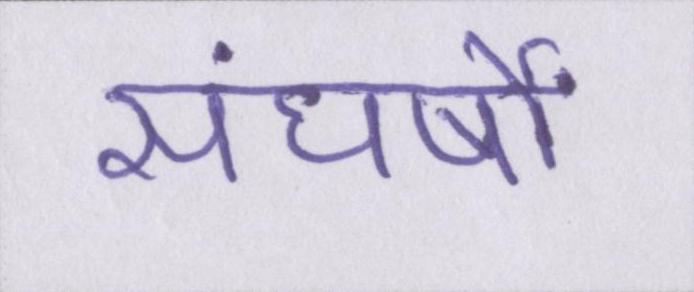
संघर्षों